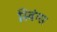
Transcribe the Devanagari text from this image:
स्विंग्स